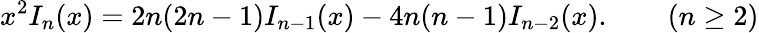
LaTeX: x^{2}I_{n}(x)=2n(2n-1)I_{n-1}(x)-4n(n-1)I_{n-2}(x).\qquad(n\geq 2)